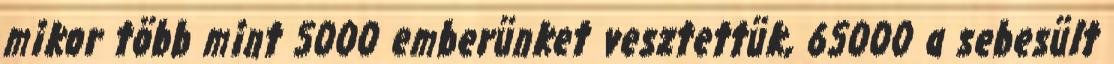
mikor több mint 5000 emberünket vesztettük, 65000 a sebesült